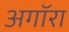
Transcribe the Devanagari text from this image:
अगॉरा